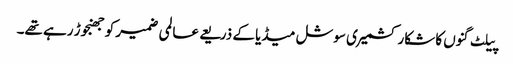
پیلٹ گنوں کا شکار کشمیری سوشل میڈیا کے ذریعے عالمی ضمیر کو جھنجوڑ رہے تھے۔